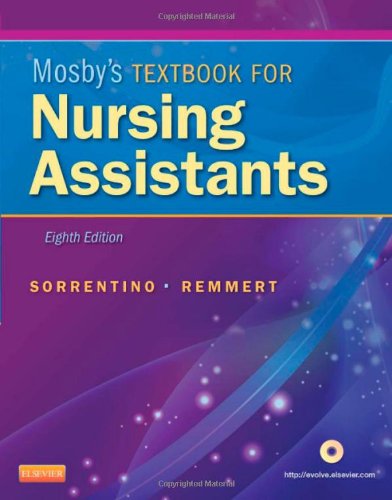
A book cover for Mosby's Textbook for Nursing Assistants, 8th Edition; Sheila A. Sorrentino PhD  RN; Medical Books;